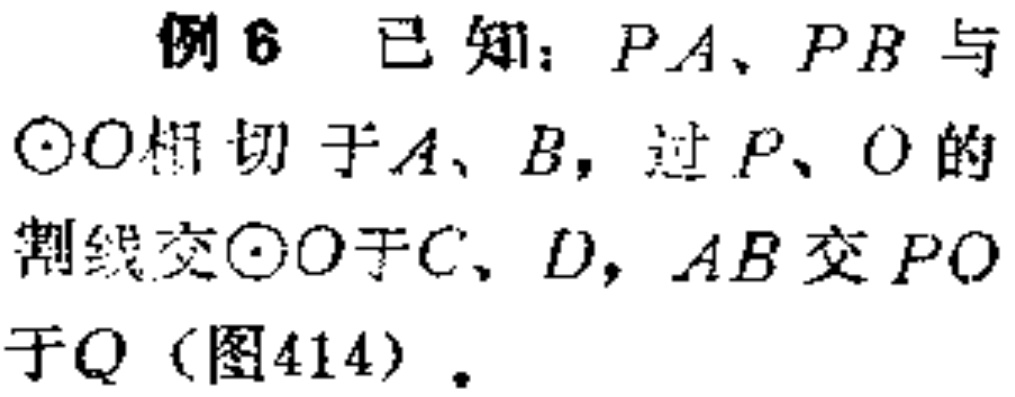
例6 已知：$PA、PB$与$\odot O$相切于$A、B$，过$P、O$的割线交$\odot O$于$C、D$，$AB$交$PO$于$Q$（图414）.